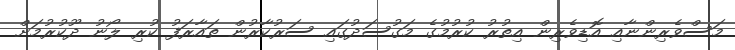
މަސްވެރިންނާއި އޮޑިވެރިން އިތުރު ކުރުމުގެ މަގުސަދުގައި ސަރުކާރުން ތައާރަފު ކުރި ލޯނު ދޫކުރުމަށް